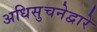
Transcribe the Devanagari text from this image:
अधिसुचनेद्वारे